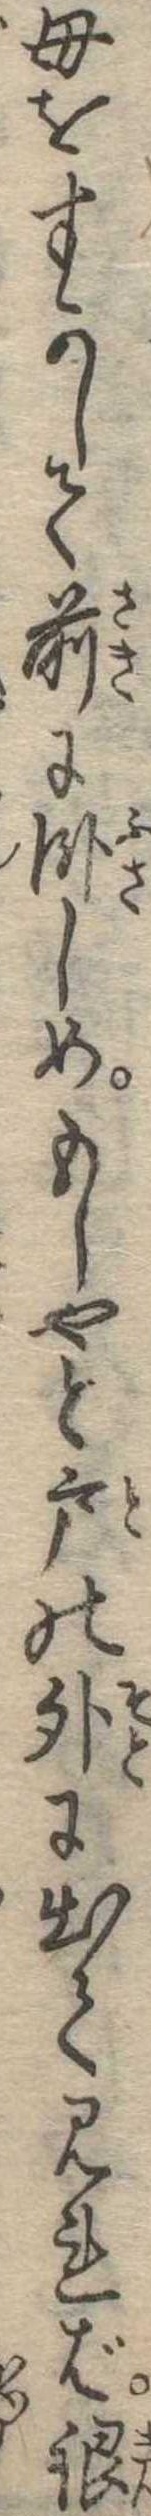
母をすかして前に臥しめもしやと戸の外に出て見れば銀